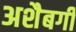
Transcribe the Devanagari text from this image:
अशैबगी